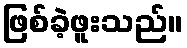
ဖြစ်ခဲ့ဖူးသည်။